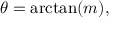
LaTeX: \theta = \arctan ( m ) ,